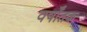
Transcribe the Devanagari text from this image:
वर्षोंतक